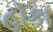
હોકા